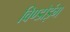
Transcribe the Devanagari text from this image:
विण्डोइंग